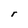
Character: r